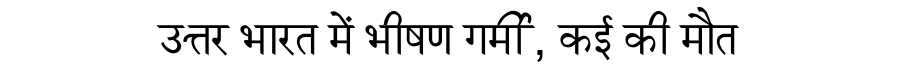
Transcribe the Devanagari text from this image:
उत्तर भारत में भीषण गर्मी, कई की मौत